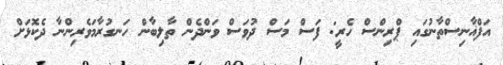
އަފްޣާނިސްތާނުގައި ޕްރިންސް ހެރީ: ފަސް މަސް ދުވަސް ވަންދެން ތާލިބާން ހަނގުރާމަވެރިންނާ ދެކޮޅަށް